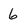
Character: 6